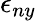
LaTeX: \epsilon_{ny}